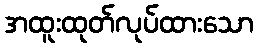
အထူးထုတ်လုပ်ထားသော